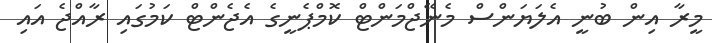
މީރާ އިން ބުނީ އެލަޔަންސް މެނޭޖްމަންޓް ކޮމްޕެނީގެ އެޖެންޓް ކަމުގައި ރާއްޖެ އައި